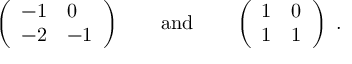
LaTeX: \left( \begin{array} { l l } { { - 1 } } & { { 0 } } \\ { { - 2 } } & { { - 1 } } \end{array} \right) \qquad \mathrm { a n d } \qquad \left( \begin{array} { l l } { { 1 } } & { { 0 } } \\ { { 1 } } & { { 1 } } \end{array} \right) \ .